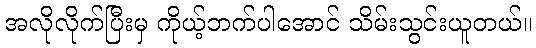
အလိုလိုက်ပြီးမှ ကိုယ့်ဘက်ပါအောင် သိမ်းသွင်းယူတယ်။